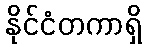
နိုင်ငံတကာရှိ